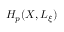
H _ { p } ( X , L _ { \xi } )